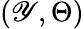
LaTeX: (\mathscr{Y},\Theta)